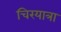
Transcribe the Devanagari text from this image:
चिरयात्रा